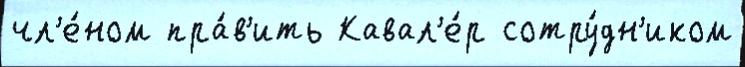
чл'е́ном пра́в'ить Кавал'е́р сотру́дн'иком